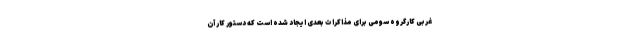
غربی کارگروه سومی برای مذاکرات بعدی ایجاد شده است که دستور کار آن